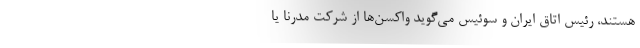
هستند، رئیس اتاق ایران و سوئیس می‌گوید واکسن‌ها از شرکت مدرنا یا